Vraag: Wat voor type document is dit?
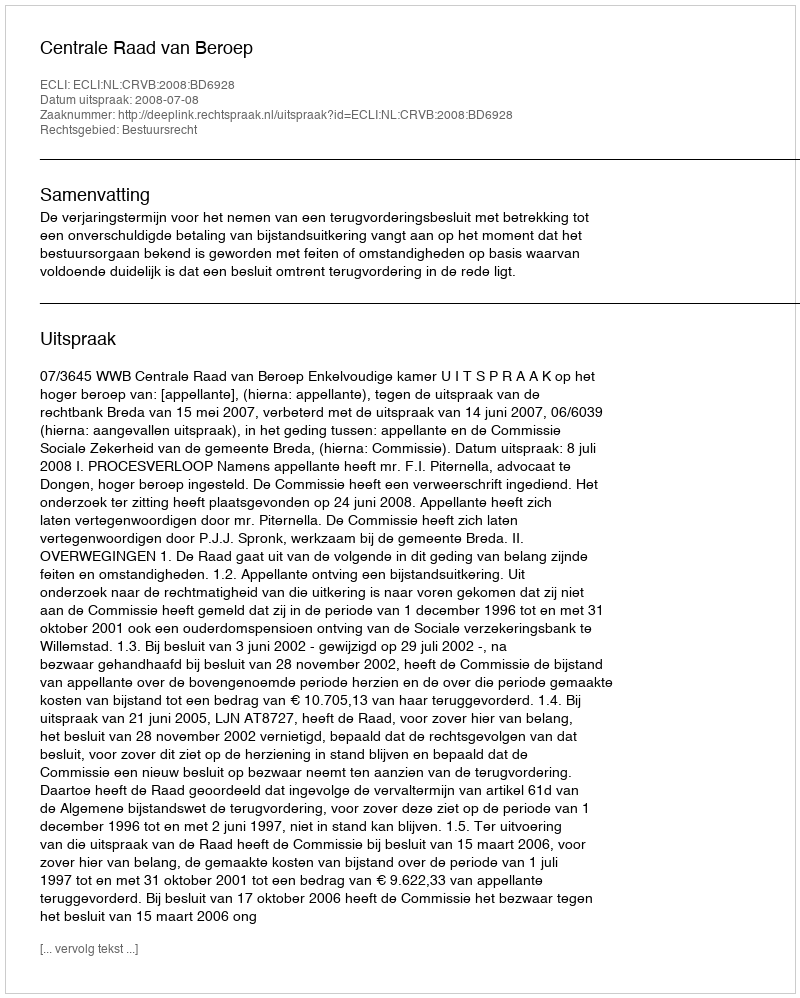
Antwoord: Uitspraak